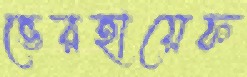
ভেরহায়েফ